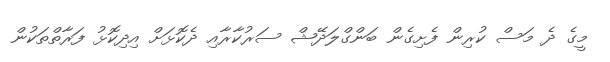
މީގެ ދެ މަސް ކުރިން ފެށިގެން ބަންގްލަދޭޝް ސަރުކާރާއި ދެކޮޅަށް އިދިކޮޅު ފަރާތްތަކުން